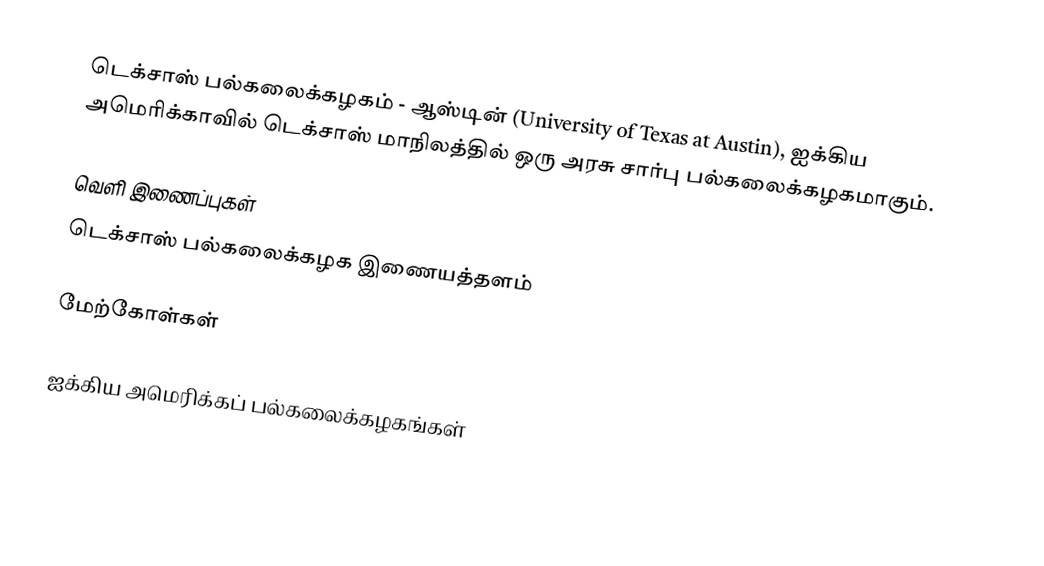
டெக்சாஸ் பல்கலைக்கழகம் - ஆஸ்டின் (University of Texas at Austin), ஐக்கிய அமெரிக்காவில் டெக்சாஸ் மாநிலத்தில் ஒரு அரசு சார்பு பல்கலைக்கழகமாகும்.

வெளி இணைப்புகள்
டெக்சாஸ் பல்கலைக்கழக இணையத்தளம்

மேற்கோள்கள்

ஐக்கிய அமெரிக்கப் பல்கலைக்கழகங்கள்